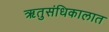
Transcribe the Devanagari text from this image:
ऋतुसंधिकालात